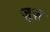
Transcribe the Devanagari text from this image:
ज़ुज़